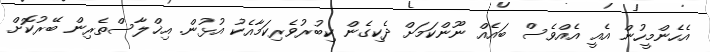
އެހެންމީހުން އެއީ އެއްވެސް ބައެއް ނޫންކަމަށް ދެކިގެން ކިބުރުވެރިކަމާއެކު އުޅުން. އިޚްލާސްތެރިން ބޭރުކޮށް